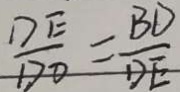
\frac { D E } { D O } = \frac { B D } { D E }